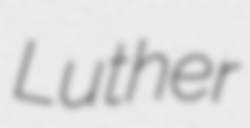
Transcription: Luther